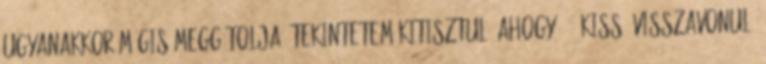
ugyanakkor mégis meggátolja. Tekintetem kitisztul, ahogy „Ő” kissé visszavonul.